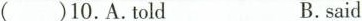
( )10.A.Told B.said